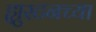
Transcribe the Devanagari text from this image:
ह्युस्टनच्या